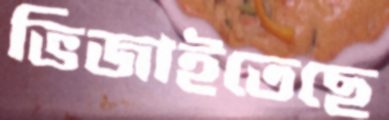
ভিজাইতেছে